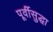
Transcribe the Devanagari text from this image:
पूर्वीसुद्धा